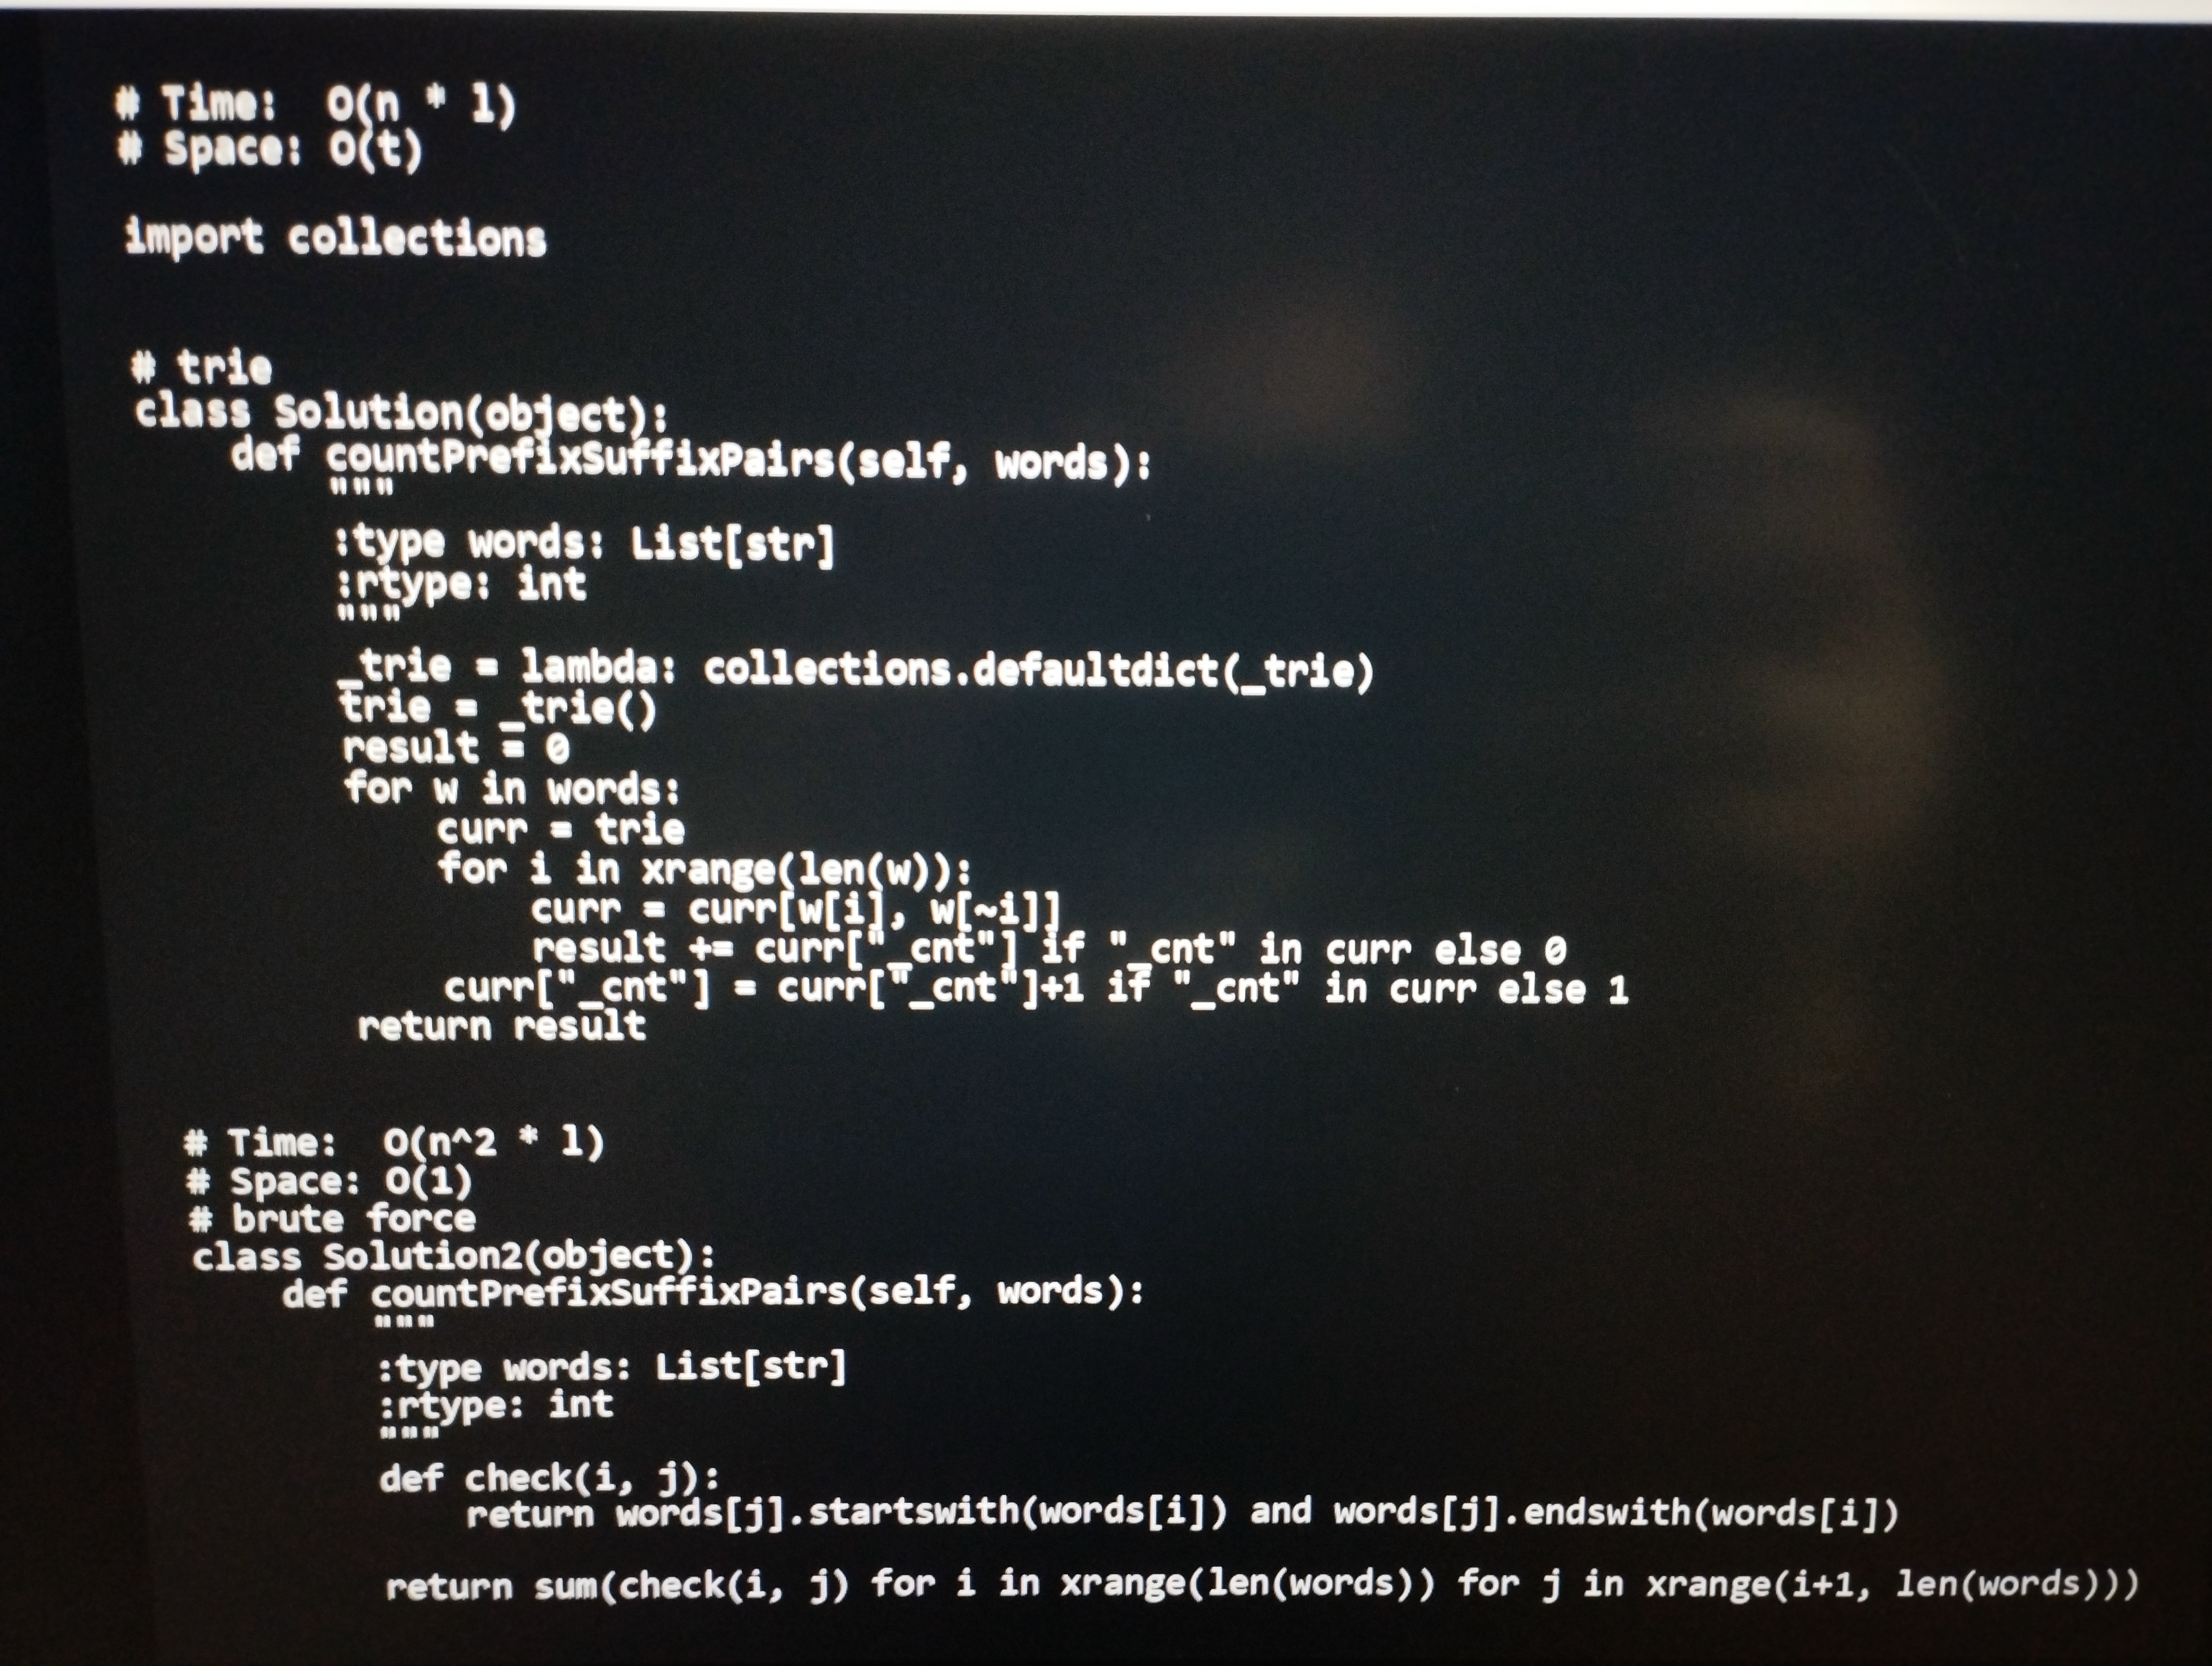
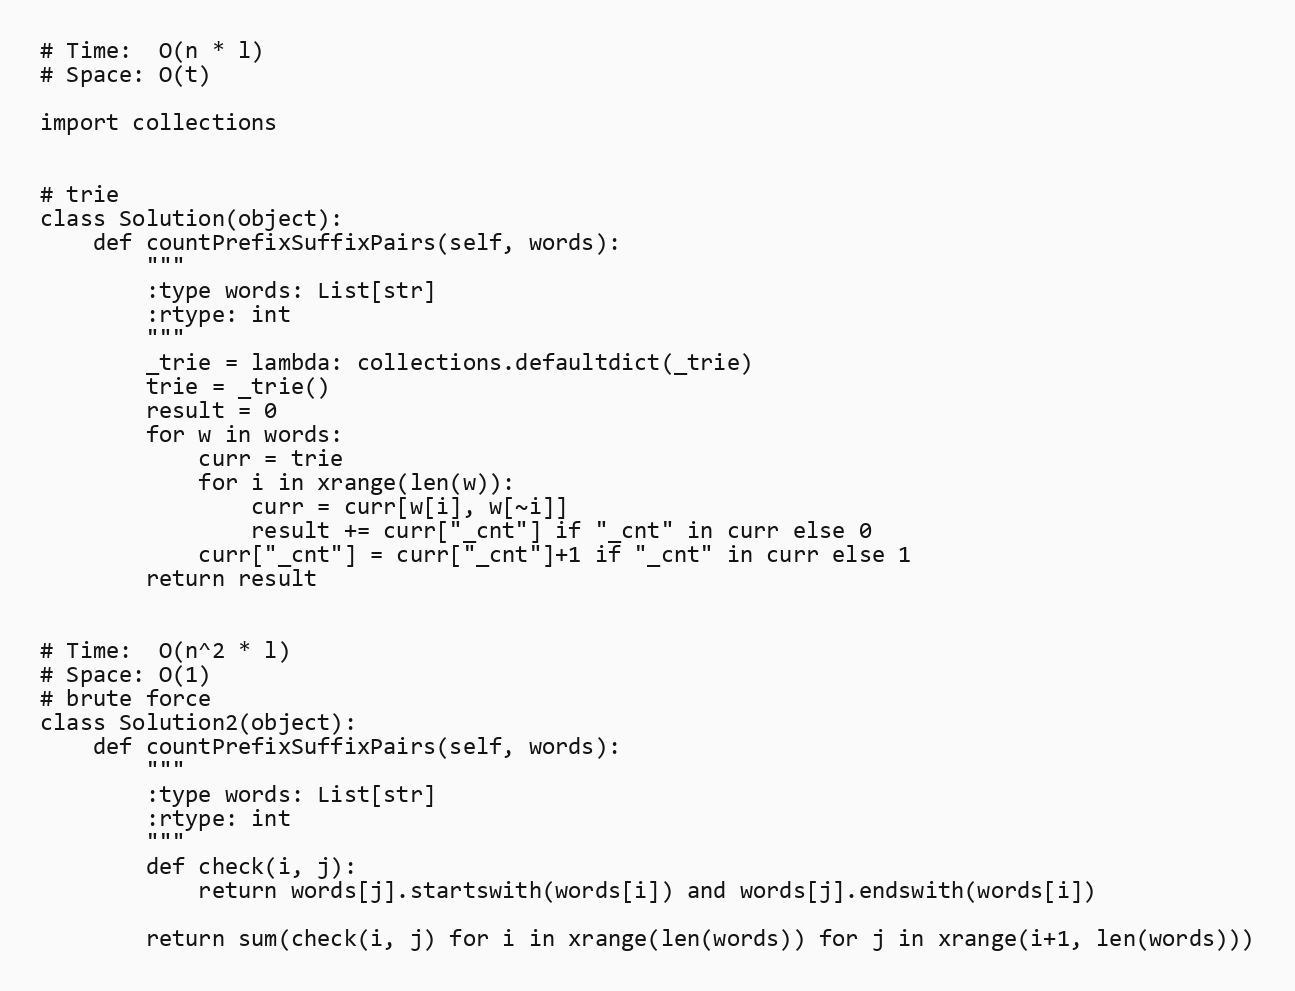
# Time:  O(n * l)
# Space: O(t)

import collections

# trie
class Solution(object):
    def countPrefixSuffixPairs(self, words):
        """
        :type words: List[str]
        :rtype: int
        """
        _trie = lambda: collections.defaultdict(_trie)
        trie = _trie()
        result = 0
        for w in words:
            curr = trie
            for i in xrange(len(w)):
                curr = curr[w[i], w[~i]]
                result += curr["_cnt"] if "_cnt" in curr else 0
            curr["_cnt"] = curr["_cnt"]+1 if "_cnt" in curr else 1
        return result

# Time:  O(n^2 * l)
# Space: O(1)
# brute force
class Solution2(object):
    def countPrefixSuffixPairs(self, words):
        """
        :type words: List[str]
        :rtype: int
        """
        def check(i, j):
            return words[j].startswith(words[i]) and words[j].endswith(words[i])

        return sum(check(i, j) for i in xrange(len(words)) for j in xrange(i+1, len(words)))